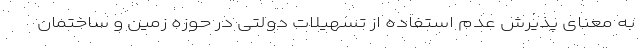
به معنای پذیرش عدم استفاده از تسهیلات دولتی در حوزه زمین و ساختمان